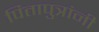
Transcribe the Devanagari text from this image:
पितापुत्रांनी